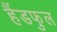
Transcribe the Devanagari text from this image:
हैंडफुल